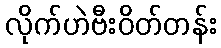
လိုက်ဟဲဗီးဝိတ်တန်း